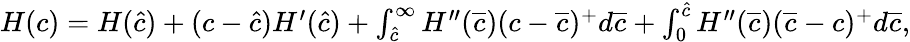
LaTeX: \begin{array}{r}{H(c)=H(\hat{c})+(c-\hat{c})H^{\prime}(\hat{c})+\int_{\hat{c}}^{\infty}H^{\prime\prime}(\overline{{c}})(c-\overline{{c}})^{+}d\overline{{c}}+\int_{0}^{\hat{c}}H^{\prime\prime}(\overline{{c}})(\overline{{c}}-c)^{+}d\overline{{c}},}\end{array}